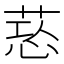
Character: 𦵃